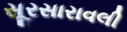
સૂરસારાવલી